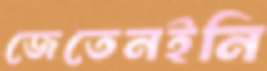
জেতেনইনি